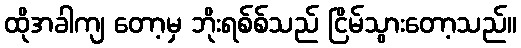
ထိုအခါကျ တော့မှ ဘိုးရစ်စ်သည် ငြိမ်သွားတော့သည်။